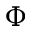
\Phi